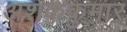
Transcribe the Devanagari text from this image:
अशककुमार